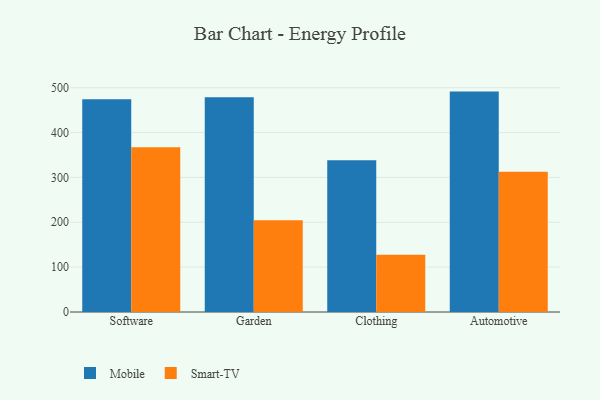
{"axis": {"x": "Category", "y": "Tickets Resolved"}, "legend": ["Mobile", "Smart-TV"], "data": [{"x": "Software", "y": 474.2, "type": "Mobile"}, {"x": "Software", "y": 367.4, "type": "Smart-TV"}, {"x": "Garden", "y": 478.5, "type": "Mobile"}, {"x": "Garden", "y": 204.3, "type": "Smart-TV"}, {"x": "Clothing", "y": 338.0, "type": "Mobile"}, {"x": "Clothing", "y": 127.7, "type": "Smart-TV"}, {"x": "Automotive", "y": 491.3, "type": "Mobile"}, {"x": "Automotive", "y": 312.5, "type": "Smart-TV"}]}